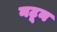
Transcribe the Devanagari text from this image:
नटून